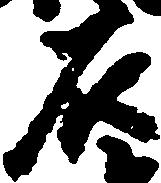
石